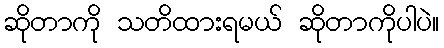
ဆိုတာကို သတိထားရမယ် ဆိုတာကိုပါပဲ။